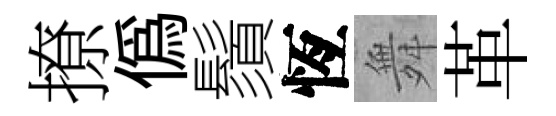
撩偽鬚恆舞革